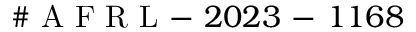
\# \mathrm { ~ A ~ F ~ R ~ L ~ - ~ } 2 0 2 3 \mathrm { ~ - ~ } 1 1 6 8